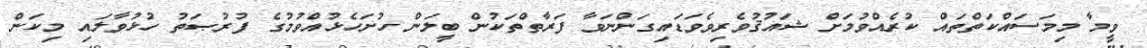
ވީމާ މިމަސައްކަތްތައް ކުރެއްވުމަށް ޝައުޤުވެރިވެވަަޑައިގަންނަވާ ފަރާތްތަކުން ބީލަން ހުށަހެޅުއްވުމުގެ ފުރުޞަތުު ހުޅުވާލައި މިކަން